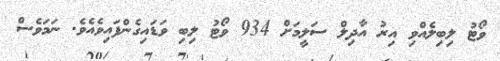
ވޯޓު ލިބިލެއްވި އިރު އާދިލް ސަލީމަށް 934 ވޯޓު ލިބި ވަޑައިގެންފައިވެއެވެ. ނަމަވެސް